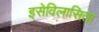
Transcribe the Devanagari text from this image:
इसेविलासिता